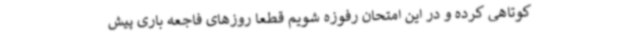
کوتاهی کرده و در این امتحان رفوزه شویم قطعا روزهای فاجعه باری پیش